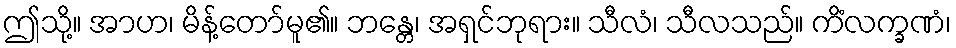
ဤသို့။ အာဟ၊ မိန့်တော်မူ၏။ ဘန္တေ၊ အရှင်ဘုရား။ သီလံ၊ သီလသည်။ ကိံလက္ခဏံ၊